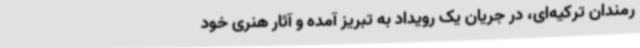
رمندان ترکیه‌ای، در جریان یک رویداد به تبریز آمده و آثار هنری خود